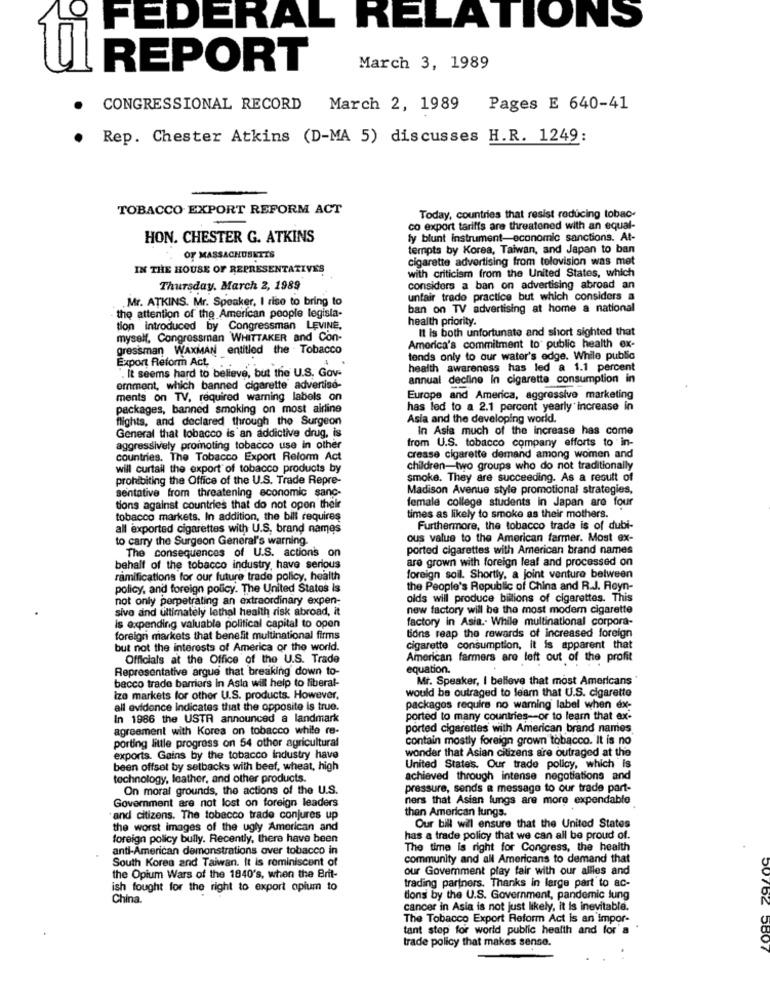
FEDERAL RELATIONS
REPORT
March 3, 1989
CONGRESSIONAL RECORD March 2, 1989 Pages E 640-41
Rep. Chester Atkins (D-MA 5) discusses H.R. 1249:
TOBACCO EXPORT REFORM ACT
Today, countries that resist reducing tobac-
co export tariffs are threatened with an equal-
HON. CHESTER G. ATKINS
ly blunt instrument-economic sanctions. At-
tempts by Korea, Taiwan, and Japan to ban
OF MASSACHUSETTS
cigarette advertising from tolovision was met
IN THE HOUSE OF REPRESENTATIVES
with criticism from the United States, which
Thursday, March 2, 1989
considers a ban on advertising abroad an
Mr. ATKINS. Mr. Speaker, I rise to bring to
unfair trado practice but which considers a
the attention of the American people legisla-
ban on TV advertising at home a national
health priority.
tion introduced by Congressman LEVINE,
It is both unfortunate and short sighted that
myself, Congressman WHITTAKER and Con-
gressman WAXMAN entitled the Tobacco
America's commitment to public health ex-
Export Reform Act,
tends only to our water's edge. While public
". It seems hard to believe, but the U.S. Gov-
health awareness has led a 1.1 percent
annual decline in cigarette consumption in
emment, which banned cigarette advertise-
ments on TV, required warning labels on
Europe and America, aggressive marketing
packages, banned smoking on most airline
has led to a 2.1 percent yearly increase in
flights, and declared through the Surgeon
Asia and the developing world.
In Asia much of the increase has come
General that tobacco is an addictive drug, is
aggressively promoting tobacco use in other
from U.S. tobacco company efforts to in-
countries. The Tobacco Export Reform Act
crease cigarette demand among women and
will curtail the export of tobacco products by
children-two groups who do not traditionally
prohibiting the Office of the U.S. Trade Repre-
smoke. They are succeeding. As a result of
sentative from threatening economic sanc-
Madison Avenue style promotional strategies,
tions against countries that do not open their
female college students in Japan are four
tobacco markets, In addition, the bill requires
times as likely to smoke as their mothers.
all exported cigarettes with U.S. brand names
Furthermore, the tobacco trade is of dubi-
to carry the Surgeon General's warning.
ous value to the American farmer. Most ex-
The consequences of U.S. actions on
ported cigarettes with American brand names
are grown with foreign leaf and processed on
behalf of the tobacco industry, have serious
ramifications for our future trade policy, health
foreign soil. Shortly, a joint venture between
policy, and foreign policy. The United States is
the People's Republic of China and R.J. Reyn-
not only perpetrating an extraordinary expen-
olds will produce billions of cigarettes. This
sive and ultimately lethal health risk abroad, it
new factory will be the most modern cigarette
factory in Asia .. While multinational corpora-
Is expending valuable political capital to open
tions reap the rewards of increased foreign
foreign markets that benefit multinational firms
but not the interests of America or the world.
cigarette consumption, it is apparent that
Officials at the Office of the U.S. Trade
American farmers are left out of the profit
Representative argue that breaking down to-
equation.
Mr. Speaker, I believe that most Americans
becco trade barriers in Asla will help to liberal-
izo markets for other U.S. products. However,
would be outraged to learn that U.S. cigarette
all evidence indicates that the opposite is true.
packages require no warning label when ex-
In 1986 the USTR announced a landmark
ported to many countries -- or to learn that ex-
agreement with Korea on tobacco while re-
ported cigarettes with American brand names
porting little progress on 54 other agricultural
contain mostly foreign grown tobacco. It is no
exports. Gains by the tobacco industry have
wonder that Asian citizens are outraged at the
been offset by setbacks with beef, wheat, high
United States. Our trade policy, which is
technology, leather, and other products.
achieved through intense negotiations and
On moral grounds, the actions of the U.S.
pressure, sends a message to our trade part-
Government are not lost on foreign leaders
ners that Asian lungs are more expendable
than American lungs.
and citizens. The tobacco trade conjures up
the worst images of the ugly American and
Our bill will ensure that the United States
foreign policy bully. Recently, there have been
has a trade policy that we can all be proud of.
anti-American demonstrations over tobacco in
The time is right for Congress, the health
South Korea and Taiwan. It is reminiscent of
community and all Americans to demand that
our Government play fair with our allies and
the Opium Wars of the 1840's, when the Brit-
trading partners. Thanks in large part to ac-
ish fought for the right to export opium to
China.
tions by the U.S. Government, pandemic lung
cancer in Asia is not just likely, it is inevitable.
The Tobacco Export Reform Act is an impor-
tant step for world public health and for'a .
trade policy that makes sense.
5801